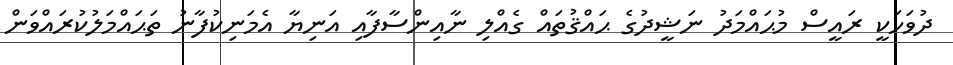
ދުވަހަކީ ރައީސް މުޙައްމަދު ނަޝީދުގެ ޙައްޤުތައް ގެއްލި ނާއިންސާފާއި އަނިޔާ އެމަނިކުފާނު ތަޙައްމަލުކުރައްވަން